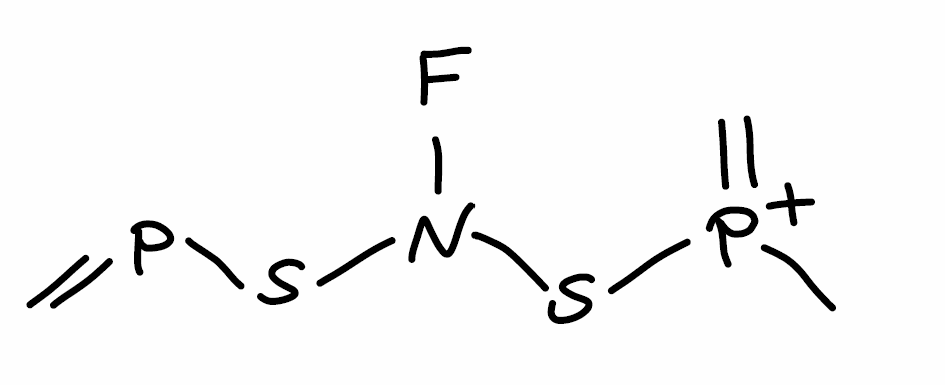
Simplified molecular-input line-entry system (SMILES) notation of the given molecule:
C[P+](=C)SN(F)SP=C